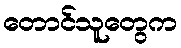
တောင်သူတွေက